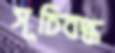
সূচিবদ্ধ